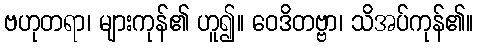
ဗဟုတရာ၊ များကုန်၏ ဟူ၍။ ဝေဒိတဗ္ဗာ၊ သိအပ်ကုန်၏။